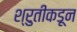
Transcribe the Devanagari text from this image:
श्रुतीकडून